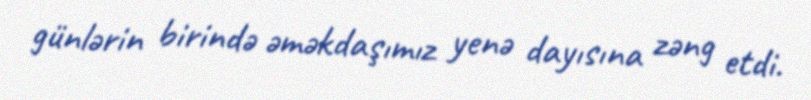
günlərin birində əməkdaşımız yenə dayısına zəng etdi.